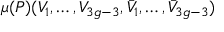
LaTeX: \mu ( P ) ( V _ { 1 } , \ldots , V _ { 3 g - 3 } , \bar { V } _ { 1 } , \ldots , \bar { V } _ { 3 g - 3 } )